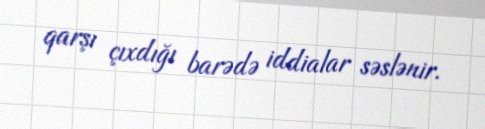
qarşı çıxdığı barədə iddialar səslənir.